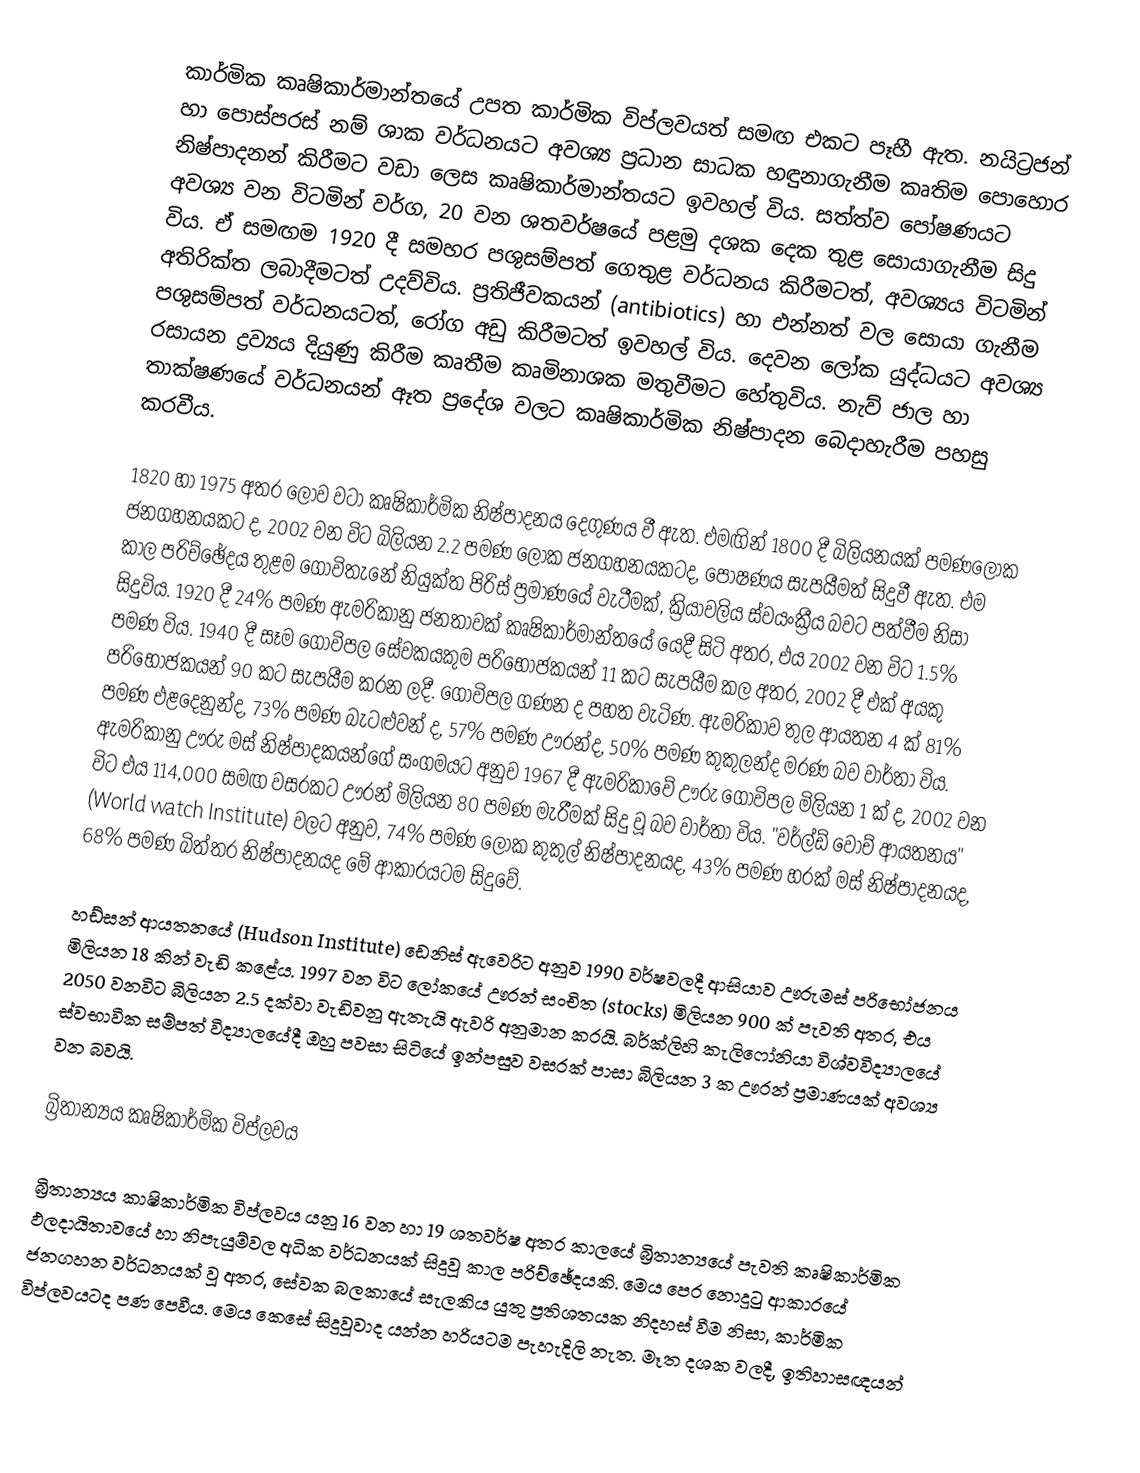
කාර්මික කෘෂිකාර්මාන්තයේ උපත කාර්මික විප්ලවයත් සමඟ එකට පෑහී ඇත. නයිට්‍රජන් හා පොස්පරස් නම් ශාක වර්ධනයට අවශ්‍ය ප්‍රධාන සාධක හඳුනාගැනීම කෘතිම පොහොර නිෂ්පාදනන් කිරීමට වඩා ලෙස කෘෂිකාර්මාන්තයට ඉවහල් විය. සත්ත්ව පෝෂණයට අවශ්‍ය වන විටමින් වර්ග, 20 වන ශතවර්ෂයේ පළමු දශක දෙක තුළ සොයාගැනීම සිදු විය. ඒ සමඟම 1920 දී සමහර පශුසම්පත් ගෙතුළ වර්ධනය කිරීමටත්, අවශ්‍යය විටමින් අතිරික්ත ලබාදීමටත් උදව්විය. ප්‍රතිජීවකයන් (antibiotics) හා එන්නත් වල සොයා ගැනීම පශුසම්පත් වර්ධනයටත්, රෝග අඩු කිරීමටත් ඉවහල් විය. දෙවන ලෝක යුද්ධයට අවශ්‍ය ‍රසායන ද්‍රව්‍යය දියුණු කිරීම කෘතීම කෘමිනාශක මතුවීමට හේතුවිය. නැව් ජාල හා තාක්ෂණයේ වර්ධනයන් ඈත ප්‍රදේශ වලට කෘෂිකාර්මික නිෂ්පාදන බෙදාහැරීම පහසු කරවීය.

1820 හා 1975 අතර ලොව වටා කෘෂිකාර්මික නිෂ්පාදනය දෙගුණය වී ඇත. එමඟින් 1800 දී බිලියනයක් පමණ‍‍ලෝක ජනගහනයකට ද, 2002 වන විට බිලියන 2.2 පමණ ‍ලෝක ජනගහනයකටද, පෝෂණය සැපයීමත් සිදුවී ඇත. එම කාල පරිච්ඡේදය තුළම ගොවිතැනේ නියුක්ත පිරිස් ප්‍රමාණයේ වැටීමක්, ක්‍රියාවලිය ස්වයංක්‍රීය බවට පත්වීම නිසා සිදුවිය. 1920 දී 24% පමණ ඇමරිකානු ජනතාවක් කෘෂිකාර්මාන්තයේ යෙදී සිටි අතර, එය 2002 වන විට 1.5% පමණ විය. 1940 දී සෑම ‍ගොවිපල සේවකයකුම පරිභෝජකයන් 11 කට සැපයීම කල අතර, 2002 දී එක් අයකු පරිභෝජකයන් 90 කට සැපයීම කරන ලදී. ගොවිපල ගණන ද පහත වැටිණ. ඇමරිකාව තුල ආයතන 4 ක් 81% පමණ එළදෙනුන්ද, 73% පමණ බැටළුවන් ද, 57% පමණ ඌරන්ද, 50% පමණ කුකුලන්ද මරණ බව වාර්තා විය. ඇමරිකානු ඌරු මස් නිෂ්පාදකයන්ගේ සංගමයට අනුව 1967 දී ඇමරිකාවේ ඌරු ගොවිපල මිලියන 1 ක් ද, 2002 වන විට එය 114,000 සමඟ වසරකට ඌරන් මිලියන 80 පමණ මැරීමක් සිදු වූ බව වාර්තා විය. "වර්ල්ඩ් වොච් ආයතනය" (World watch Institute) වලට අනුව, 74% පමණ ලෝක කුකුල් නිෂ්පාදනයද, 43% පමණ හරක් මස් නිෂ්පාදනයද, 68% පමණ බිත්තර නිෂ්පාදනයද මේ ආකාරයටම සිදුවේ.

හඩ්සන් ආයතනයේ (Hudson Institute) ඩෙනිස් ඇවෙරිට අනුව 1990 වර්ෂවලදී ආසියාව ඌරුමස් පරිභෝජනය මිලියන 18 කින් වැඩි ‍කළේය. 1997 වන විට ලෝකයේ ඌරන් සංචිත (stocks) මිලියන 900 ක් පැවති අතර, එය 2050 වනවිට බිලියන 2.5 දක්වා වැඩිවනු ඇතැයි ඇවරි අනුමාන කරයි. බර්ක්ලිහි කැලිෆෝනියා විශ්වවිද්‍යාලයේ ස්වභාවික සම්පත් විද්‍යාලයේදී ඔහු පවසා සිටියේ ඉන්පසුව වසරක් පාසා බිලියන 3 ක ඌරන් ප්‍රමාණයක් අවශ්‍ය වන බවයි.

බ්‍රිතාන්‍යය කෘෂිකාර්මික විප්ලවය

බ්‍රිතාන්‍යය කාෂිකාර්මික විප්ලවය යනු 16 වන හා 19 ශතවර්ෂ අතර කාලයේ බ්‍රිතාන්‍යයේ පැවති කෘෂිකාර්මික ඵලදායිතාවයේ හා නිපැයුම්වල අධික වර්ධනයක් සිදුවූ කාල පරිච්ඡේදයකි. මෙය පෙර නොදුටු ආකාරයේ ජනගහන වර්ධනයක් වූ අතර, සේවක බලකායේ සැලකිය යුතු ප්‍රතිශතයක නිදහස් වීම නිසා, කාර්මික විප්ලවයටද පණ පෙවීය. මෙය කෙසේ සිදුවූවාද යන්න හරියටම පැහැදිලි නැත. මෑත දශක වලදී, ඉතිහාසඥයන්